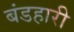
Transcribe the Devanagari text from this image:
बंडहारी